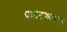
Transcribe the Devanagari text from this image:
प्रकटरूपाने